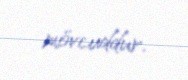
mövcuddur.